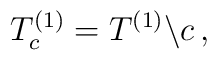
T_c^{(1)} = T^{(1)} \backslash c \, ,